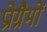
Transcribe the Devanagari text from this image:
प्रोग्रैमों